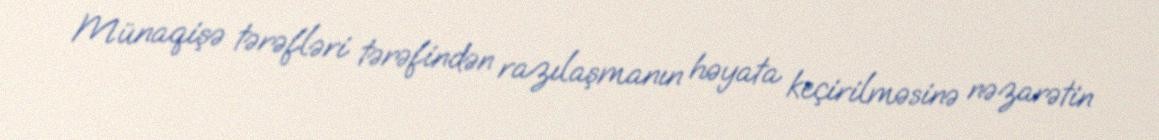
Münaqişə tərəfləri tərəfindən razılaşmanın həyata keçirilməsinə nəzarətin